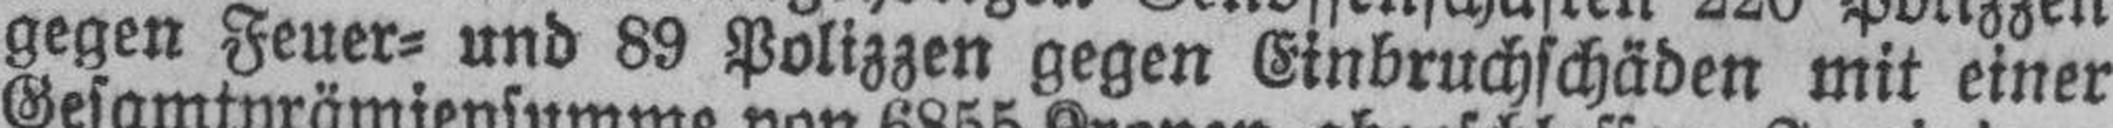
gegen Feuer= und 89 Polizzen gegen Einbruchschäden mit einer